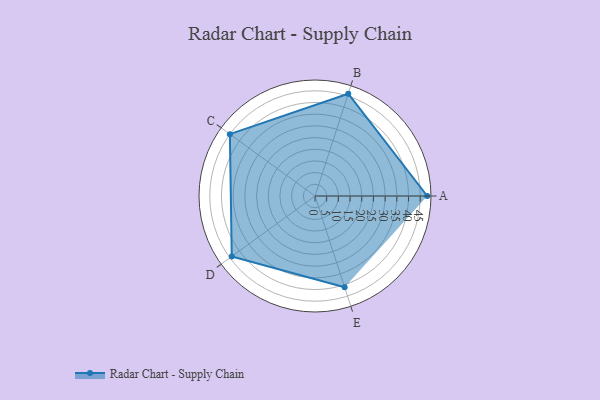
{"axis": {"x": "Skill", "y": "Score"}, "legend": ["Profile"], "data": [{"x": "A", "y": 48.0, "type": "Profile"}, {"x": "B", "y": 46.0, "type": "Profile"}, {"x": "C", "y": 45.0, "type": "Profile"}, {"x": "D", "y": 44.0, "type": "Profile"}, {"x": "E", "y": 41.0, "type": "Profile"}]}